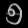
Digit: ၅